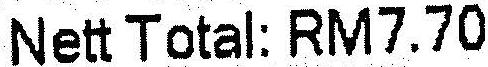
NETT TOTAL: RM7.70